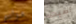
مواسم أصبت